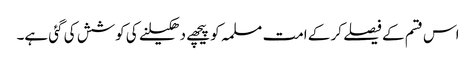
اس قسم کے فیصلے کر کے امت مسلمہ کو پیچھے دھکیلنے کی کوشش کی گئی ہے۔